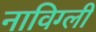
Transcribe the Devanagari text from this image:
नाविग्ली